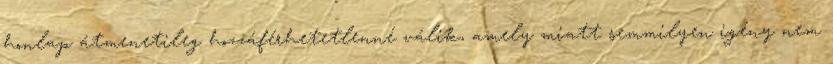
honlap átmenetileg hozzáférhetetlenné válik, amely miatt semmilyen igény nem